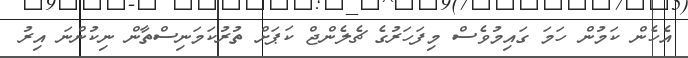
އެހެން ކަމުން ހަމަ ގައިމުވެސް މިފަހަރުގެ ޗެލެންޖް ކަޕަށް ތުރުކަމަނިސްތާން ނިކުންނަ އިރު